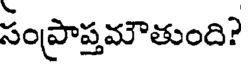
సంప్రాప్తమౌతుంది?